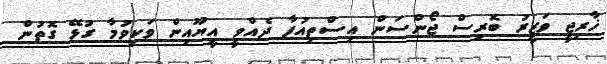
ޚާރިޖީ ވަޒީރު ބޮރިސް ޖޯންސަން އިސްތިއުފާ ދެއްވީ އީޔޫއިން ވަކިވުމާ ގުޅޭ ގޮތުން